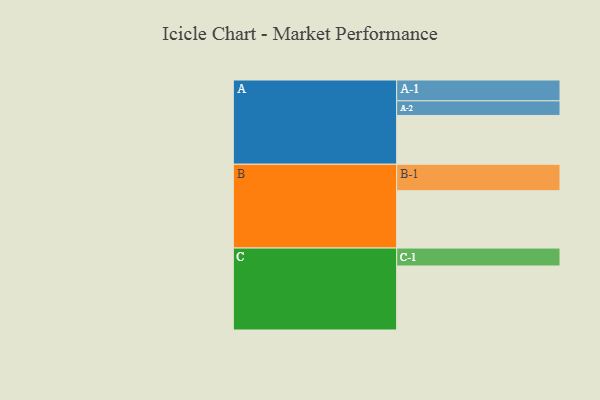
{"axis": {"x": "Segment", "y": "Value"}, "legend": ["", "A", "B", "C"], "data": [{"x": "A", "y": 424, "type": ""}, {"x": "B", "y": 498, "type": ""}, {"x": "C", "y": 556, "type": ""}, {"x": "A-1", "y": 181, "type": "A"}, {"x": "A-2", "y": 127, "type": "A"}, {"x": "B-1", "y": 230, "type": "B"}, {"x": "C-1", "y": 156, "type": "C"}]}